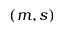
( m , s )